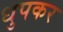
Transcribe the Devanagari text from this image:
धुपकर